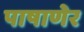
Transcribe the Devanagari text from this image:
पाषाणेर